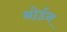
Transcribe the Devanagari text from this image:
नोर्डन